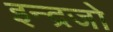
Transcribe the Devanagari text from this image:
इन्द्रजो